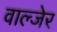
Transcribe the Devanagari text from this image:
वाल्जेर